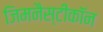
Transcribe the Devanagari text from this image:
जिमनैस्टीकॉन